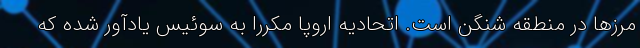
مرزها در منطقه شنگن است. اتحادیه اروپا مکررا به سوئیس یادآور شده که